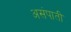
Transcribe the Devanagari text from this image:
असंपाती